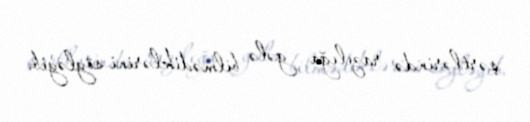
şərtlərində razılığa gələ bilmədiklərini söyləyib.